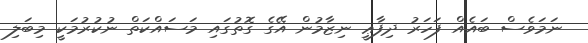
ނަމަވެސް ބައެއް ފަހަރު ދިފާޢީ ނިޒާމުން އޭގެ ގޮތުގައި މަސައްކަތް ނުކުރުމަކީ މިބަލި